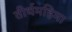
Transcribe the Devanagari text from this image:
तीर्थमहिमा